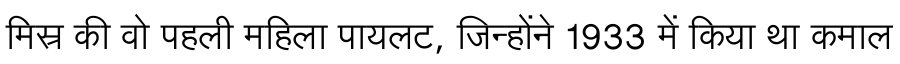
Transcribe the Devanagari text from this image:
मिस्र की वो पहली महिला पायलट, जिन्होंने 1933 में किया था कमाल